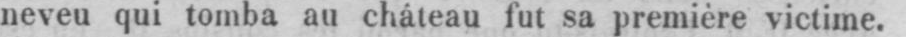
neveu qui tomba au cháteau fut sa première victime.